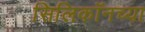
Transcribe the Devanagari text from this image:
सिलिकॉनच्या